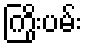
ကြိုးပမ်း